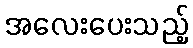
အလေးပေးသည့်